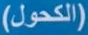
(الكحول)